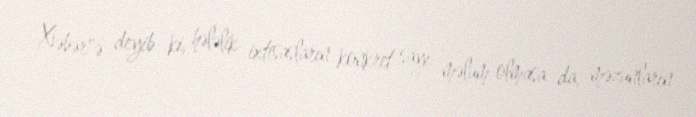
Xəbər"ə deyib ki, hələlik ixtisasların konkret sayı məlum olmasa da, məzunların